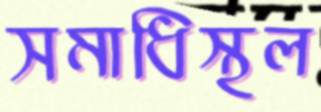
সমাধিস্থল